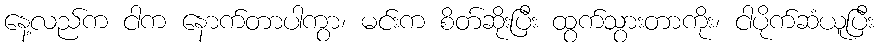
နေ့လည်က ငါက နောက်တာပါကွာ၊ မင်းက စိတ်ဆိုးပြီး ထွက်သွားတာကိုး၊ ငါပိုက်ဆံယူပြီး